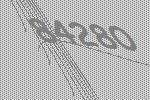
84280